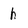
Character: h